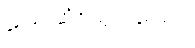
သေဆုံးသွားသော